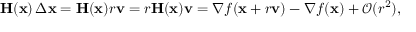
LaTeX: \mathbf { H } ( \mathbf { x } ) \, \Delta \mathbf { x } = \mathbf { H } ( \mathbf { x } ) r \mathbf { v } = r \mathbf { H } ( \mathbf { x } ) \mathbf { v } = \nabla f ( \mathbf { x } + r \mathbf { v } ) - \nabla f ( \mathbf { x } ) + { \mathcal { O } } ( r ^ { 2 } ) ,